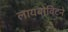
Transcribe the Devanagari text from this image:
लायबोविटने